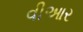
વીઆર